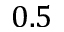
0 . 5